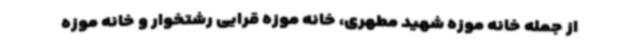
از جمله خانه موزه شهید مطهری، خانه موزه قرایی رشتخوار و خانه موزه